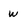
Character: w